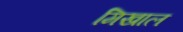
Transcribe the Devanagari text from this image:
मिखाल